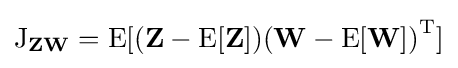
\operatorname {J} _{\mathbf {Z} \mathbf {W} }=\operatorname {E} [(\mathbf {Z} -\operatorname {E} [\mathbf {Z} ]){(\mathbf {W} -\operatorname {E} [\mathbf {W} ])}^{\mathrm {T} }]